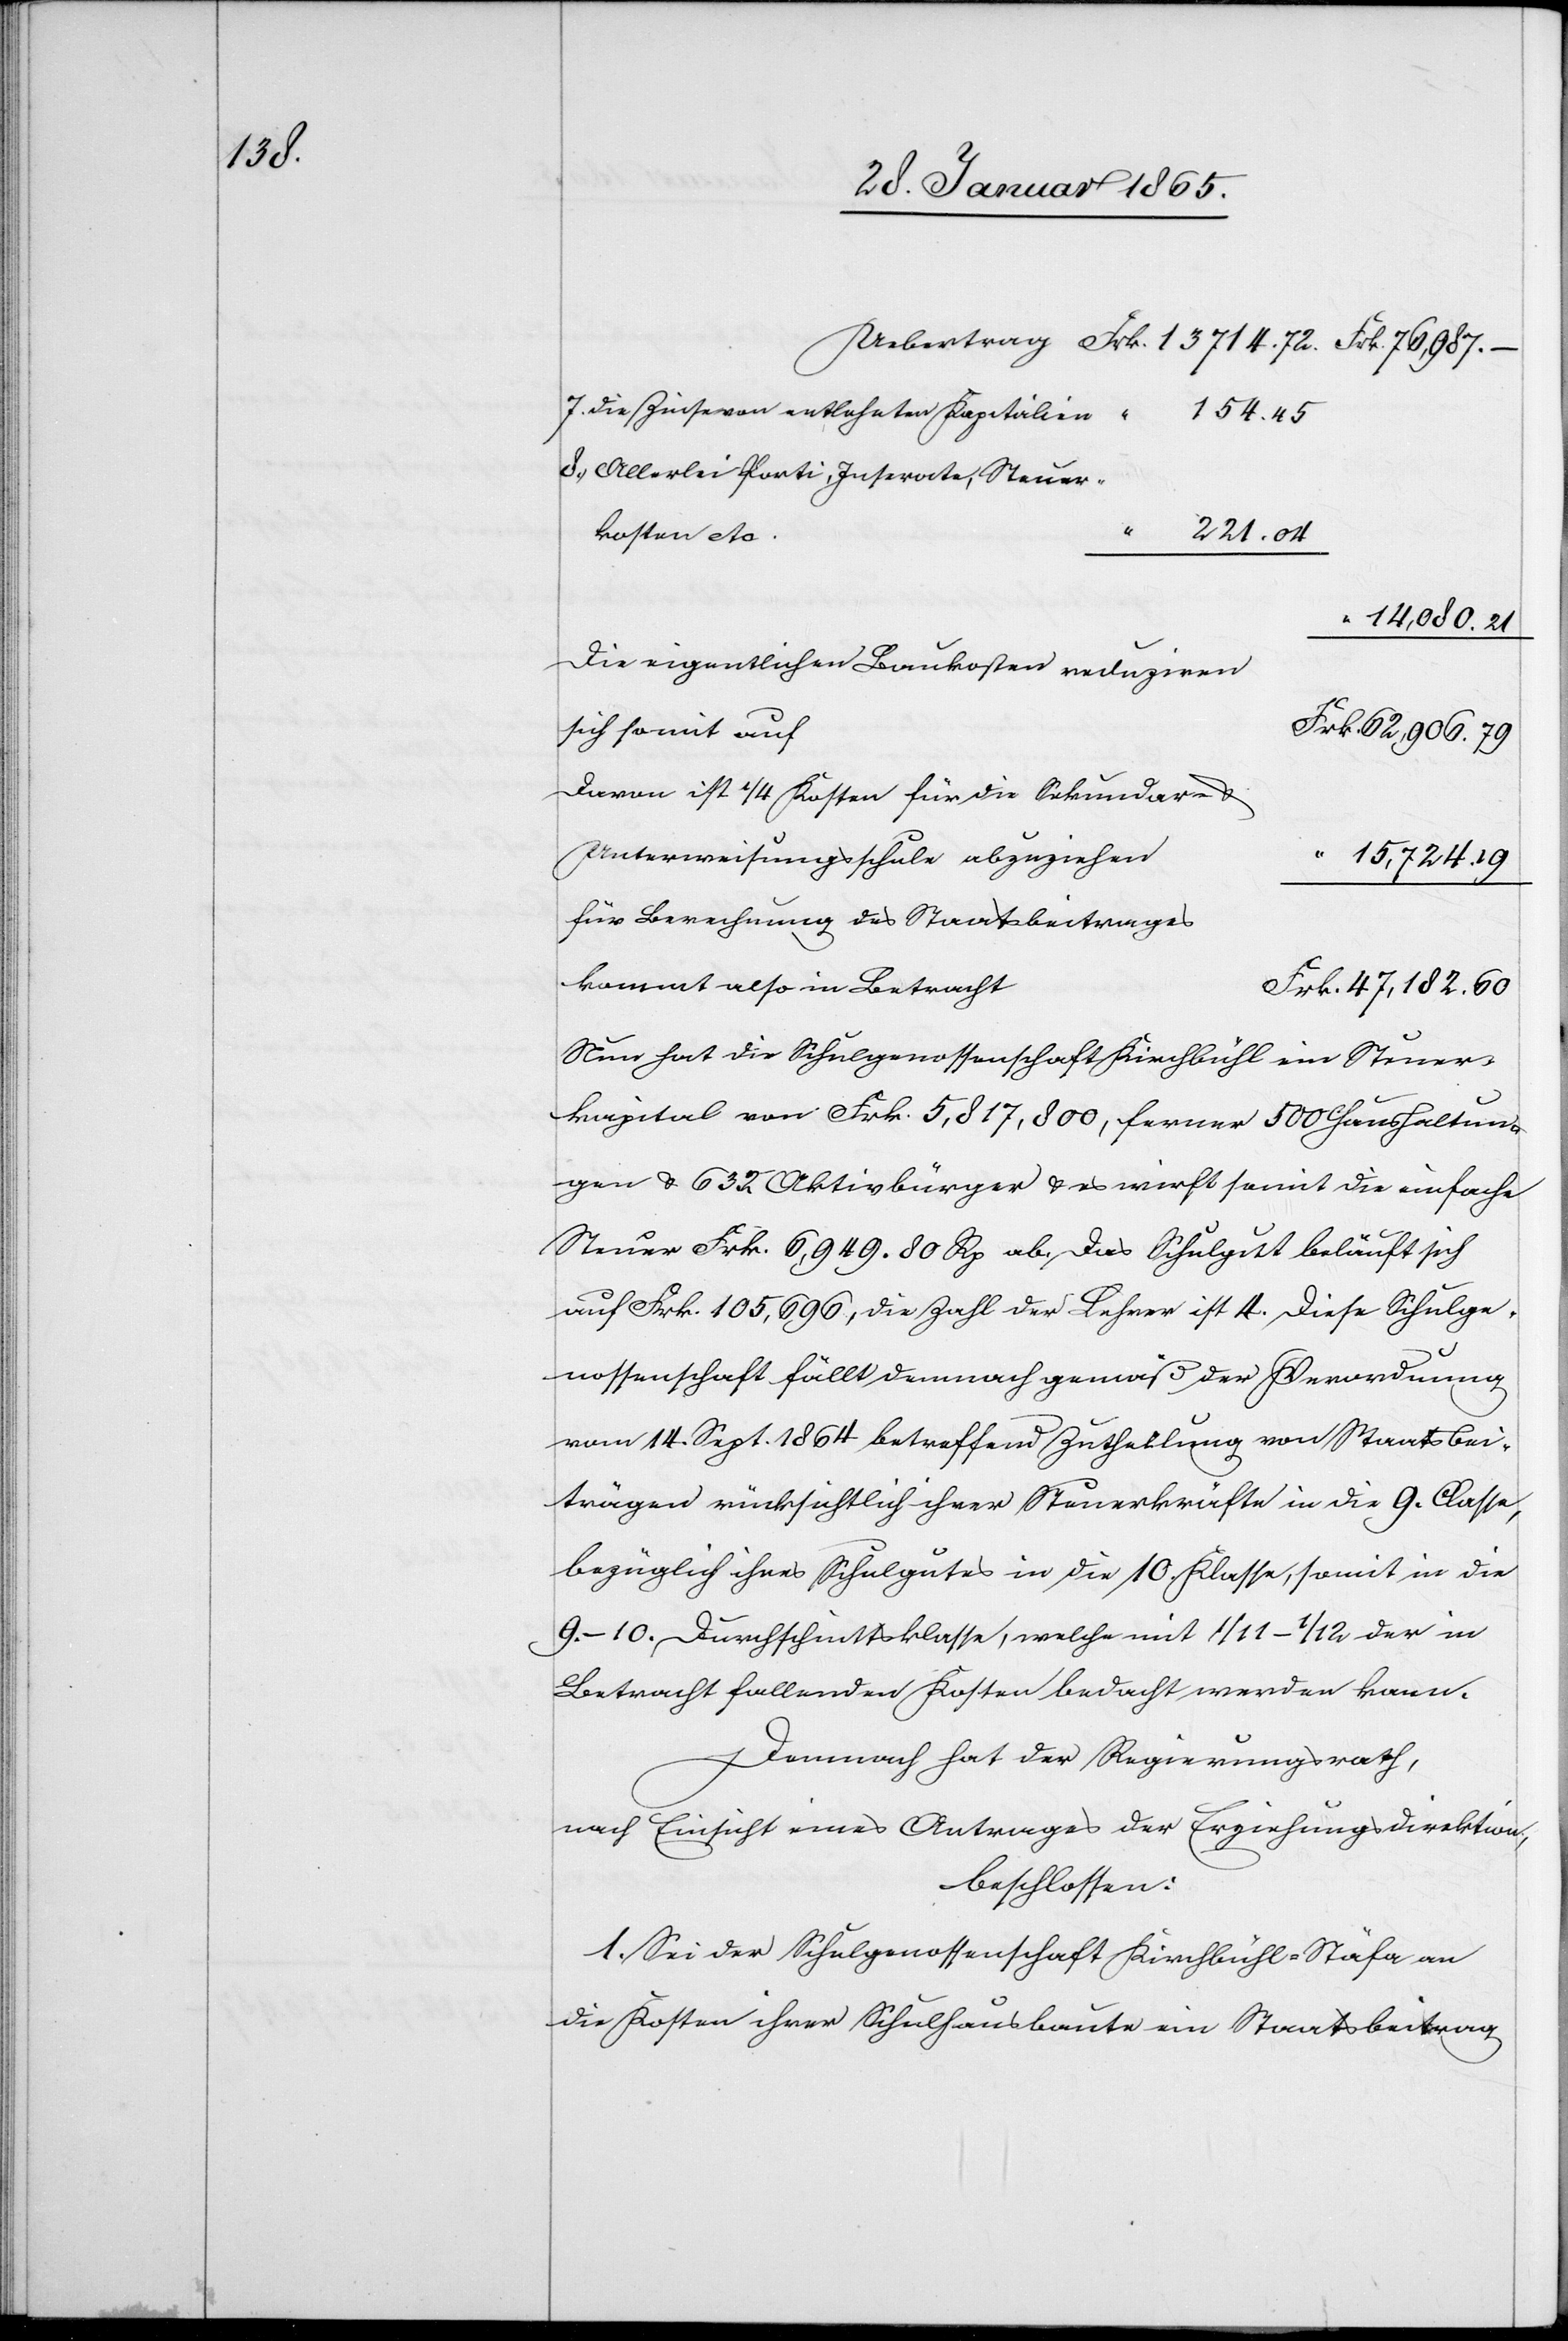
14,080.

Die Zinse von entlehnten Kapitalien
Allerlei Porti, Inserate, Steuer¬
kosten etc.
Die eigentlichen Baukosten reduziren
sich somit auf
Davon ist ¼ Kosten für die Sekundar- u.
Unterweisungsschule abzuziehen
15,724.
für Berechnung des Staatsbeitrages
kommt also in Betracht
Nun hat die Schulgenossenschaft Kirchbühl ein Steuer¬
kapital von Frk. 5,817,800, ferner 500 Haushaltun¬
gen u. 632 Aktivbürger u. es wirft somit die einfache
Steuer Frk. 6,949. 80. Rp ab. Das Schulgut beläuft sich
auf Frk. 105,696, die Zahl der Lehrer ist 4. Diese Schulge¬
nossenschaft fällt demnach gemäß der Verordnung
vom 14. Sept. 1864 betreffend Zutheilung von Staatsbei¬
trägen rücksichtlich ihrer Steuerkräfte in die 9. Classe,
bezüglich ihres Schulgutes in die 10. Klasse, somit in die
9.–10. Durchschnittsklasse, welche mit 1/11–1/12 der in
Betracht fallenden Kosten bedacht werden kann.
Demnach hat der Regierungsrath,
nach Einsicht eines Antrages der Erziehungsdirektion,
beschlossen:
1. Sei der Schulgenossenschaft Kirchbühl-Stäfa an
die Kosten ihrer Schulhausbaute ein Staatsbeitrag